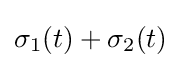
\sigma _{1}(t)+\sigma _{2}(t)